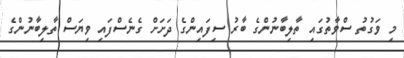
މި ވަގުތު ސްވާތުގައި ތާލިބާނުންގެ ބާރު ސިފައިންގެ ދަށަށް ގެނެސްފައި ވިޔަސް ތާލިބާނުންގެ